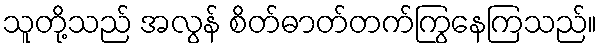
သူတို့သည် အလွန် စိတ်ဓာတ်တက်ကြွနေကြသည်။